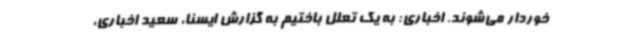
خوردار می‌شوند. اخباری: به یک تعلل باختیم به گزارش ایسنا، سعید اخباری،